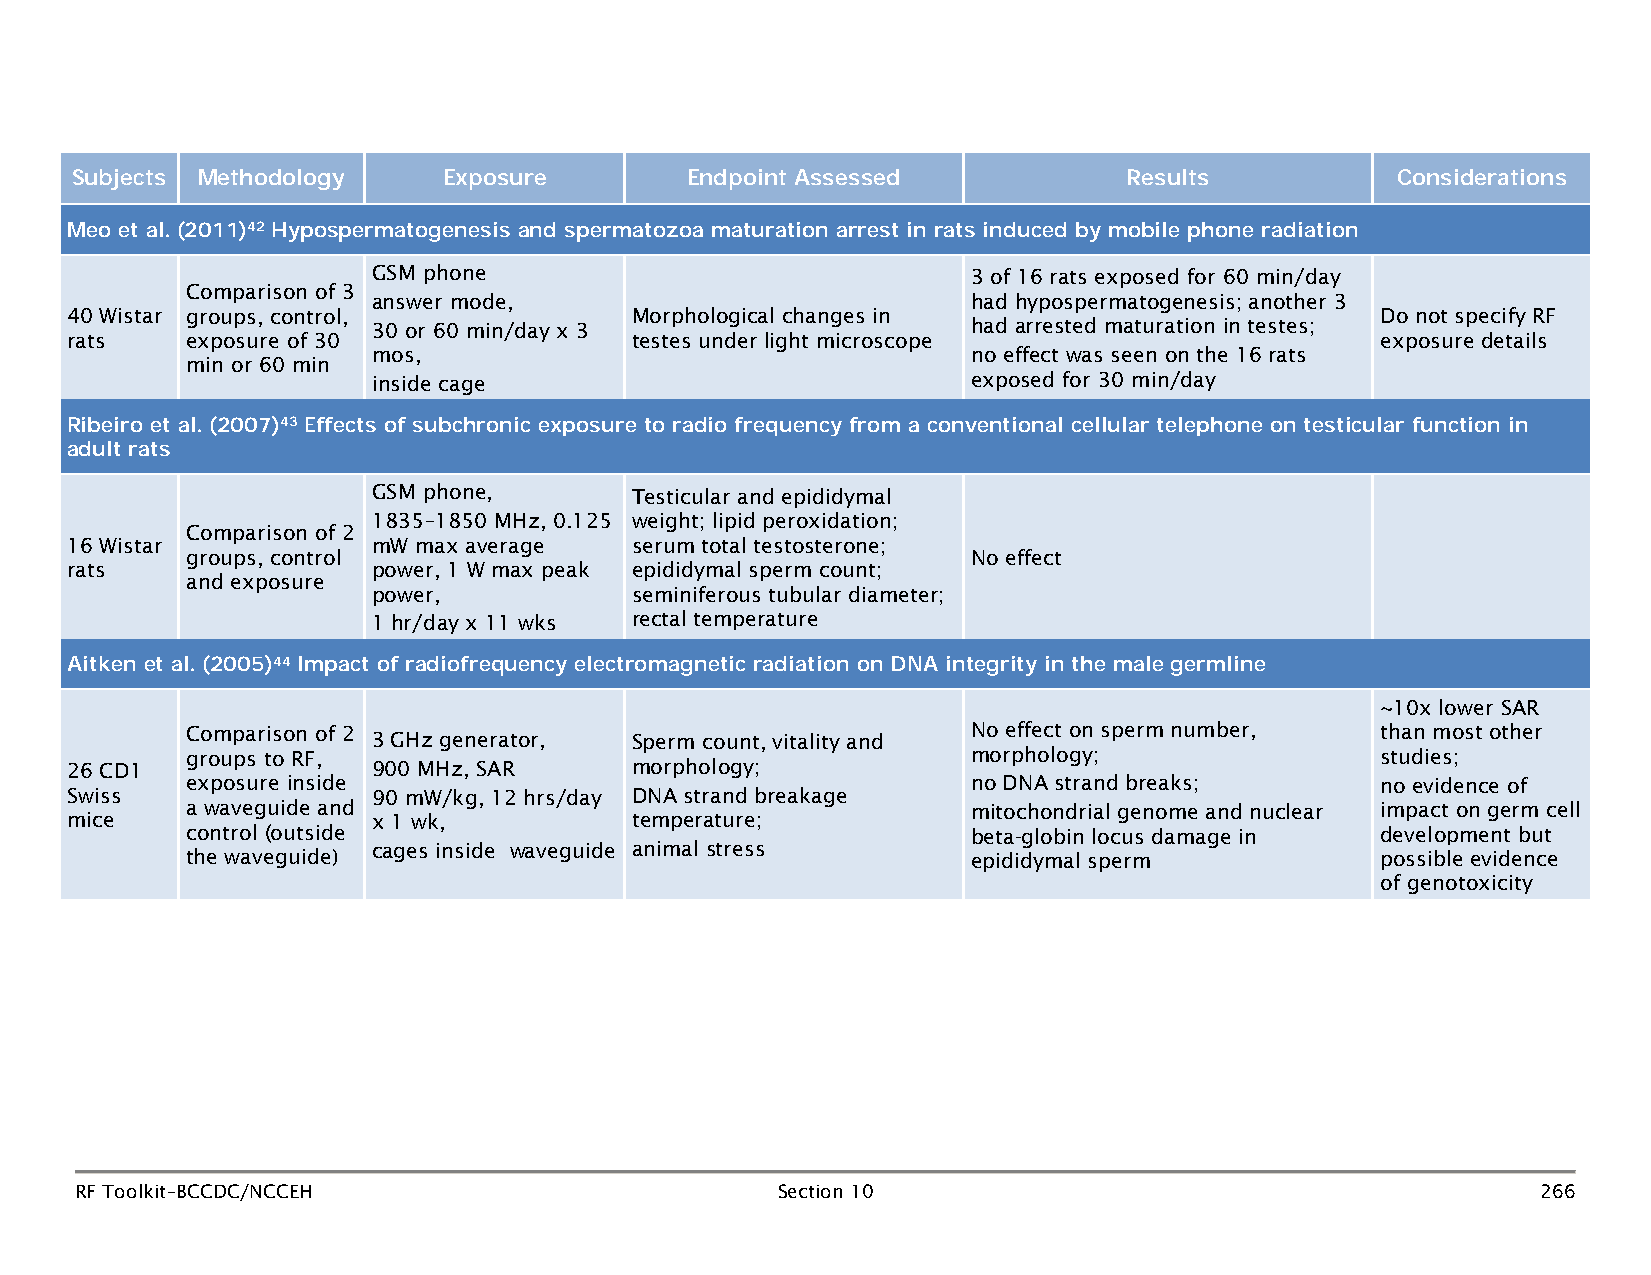
Subjects Methodology    Exposure        Endpoint Assessed             Results          Considerations
 Meo et al. (2011)42 Hypospermatogenesis and spermatozoa maturation arrest in rats induced by mobile phone radiation
 GSM phone                              3 of 16 rats exposed for 60 min/day
 Comparison of 3
 answer mode,                           had hypospermatogenesis; another 3
 40 Wistar groups, control,            Morphological changes in                         Do not specify RF
 30 or 60 min/day x 3                   had arrested maturation in testes;
 rats    exposure of 30                testes under light microscope                    exposure details
 mos,                                   no effect was seen on the 16 rats
 min or 60 min
 inside cage                            exposed for 30 min/day
 Ribeiro et al. (2007)43 Effects of subchronic exposure to radio frequency from a conventional cellular telephone on testicular function in
 adult rats
 GSM phone,       Testicular and epididymal
 1835–1850 MHz, 0.125 weight; lipid peroxidation;
 Comparison of 2
 16 Wistar            mW max average   serum total testosterone;
 groups, control                                     No effect
 rats                 power, 1 W max peak epididymal sperm count;
 and exposure
 power,           seminiferous tubular diameter;
 1 hr/day x 11 wks rectal temperature
 Aitken et al. (2005)44 Impact of radiofrequency electromagnetic radiation on DNA integrity in the male germline
 ~10x lower SAR
 Comparison of 2 3 GHz generator, Sperm count, vitality and No effect on sperm number, than most other
 groups to RF,                                       morphology;                studies;
 26 CD1               900 MHz, SAR     morphology;
 exposure inside                                     no DNA strand breaks;      no evidence of
 Swiss                90 mW/kg, 12 hrs/day DNA strand breakage
 a waveguide and                                     mitochondrial genome and nuclear impact on germ cell
 mice                 x 1 wk,          temperature;
 control (outside                                    beta-globin locus damage in development but
 the waveguide) cages inside waveguide animal stress epididymal sperm           possible evidence
 of genotoxicity
 RF Toolkit–BCCDC/NCCEH                        Section 10                                         266